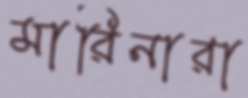
মারিনারা